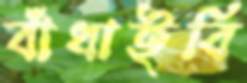
বাঁধাইবি